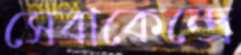
সেবাকেন্দ্রে